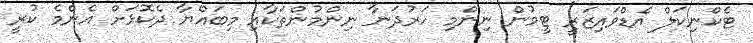
ޓެކްނިކަލް އެޑްވައިޒަރީ ޓީމުން ނިންމި ހަރުދަނާ ނިންމުންތަކާއި މިބައްޔާ ދެކޮޅަށް އެންމެ ކުރީ